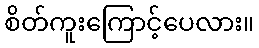
စိတ်ကူးကြောင့်ပေလား။